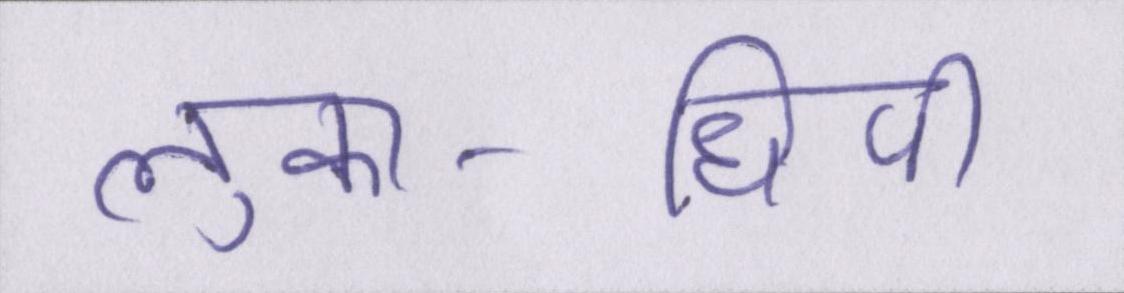
लुका-छिपी